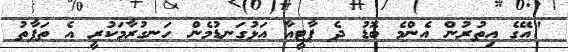
"އޭގެ އިތުރުން އެންމެ ބޮޑު ދެ ޕާޓީއާ އަޅުގަނޑުމެން ހަނގުރާމަކުރީ އެ ތަފާތު